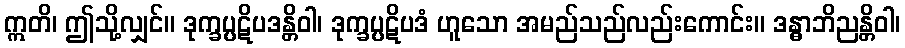
ဣတိ၊ ဤသို့လျှင်။ ဒုက္ခပ္ပဋိပဒန္တိဝါ၊ ဒုက္ခပ္ပဋိပဒံ ဟူသော အမည်သည်လည်းကောင်း။ ဒန္ဓာဘိညန္တိဝါ၊